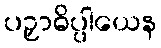
ပဉှာဓိပ္ပါယေန